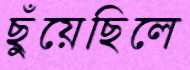
ছুঁয়েছিলে